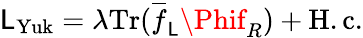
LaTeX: {\cal\mathsf{L}}_{\mathrm{{Yuk}}}=\lambda\mathrm{{Tr}}(\overline{{{{f}}}}_{\mathsf{L}}\Phif_{R})+\mathrm{{H.c.}}